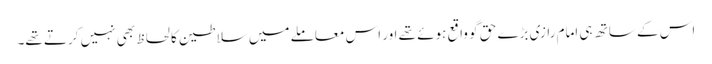
اس کے ساتھ ہی امام رازی بڑے حق گو واقع ہوئے تھے اور اس معاملے میں سلاطین کا لحاظ بھی نہیں کرتے تھے۔